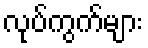
လုပ်ကွက်များ